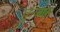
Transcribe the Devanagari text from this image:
कुंजाम